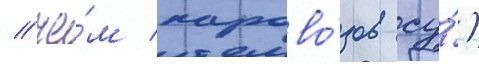
/ че́м парово́зов су́)